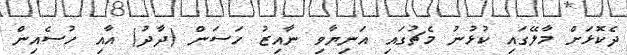
ދެކޮޅަށް މާލޭގައި ކުޅުނު މެޗުގައި އަނިޔާވި ނާއިޒު ހަސަން (ދާދު) އާއި ހުސެއިން